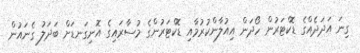
ގިނަ އަދަދެއްގެ ޑޮކްޓަރުން ހޯދަން އިއުލާންކުރުމާއި ޑޮކްޓަރުންގެ މުސާރައިގެ އޮނިގަނޑަށް ބަދަލު ގެނައުން